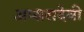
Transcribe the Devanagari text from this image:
अप्सरादेवी